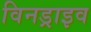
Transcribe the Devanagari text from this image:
विनड्राइव